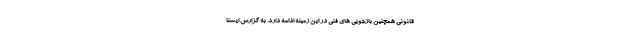
قانونی همچنین بازجویی های فنی در این زمینه ادامه دارد. به گزارش ایسنا